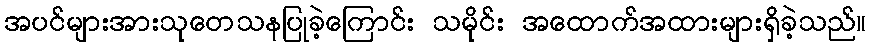
အပင်များအားသုတေသနပြုခဲ့ကြောင်း သမိုင်း အထောက်အထားများရှိခဲ့သည်။